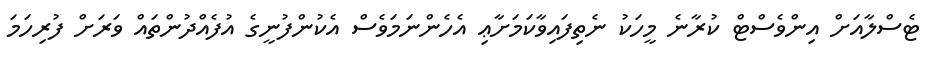
ޓެސްލާއަށް އިންވެސްޓް ކުރާނެ މީހަކު ނެތިފައިވާކަމަށާޢި އެހެންނަމަވެސް އެކުންފުނީގެ އުފެއްދުންތައް ވަރަށް ފުރިހަމަ